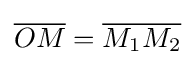
{\overline {OM}}={\overline {M_{1}M_{2}}}